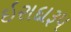
ઇરાદારૂપ